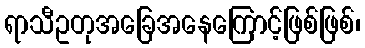
ရာသီဥတုအခြေအနေကြောင့်ဖြစ်ဖြစ်၊